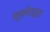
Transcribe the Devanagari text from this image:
ग्लूकोसद्वारा